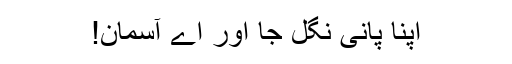
اپنا پانی نگل جا اور اے آسمان!